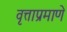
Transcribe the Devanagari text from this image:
वृत्ताप्रमाणे